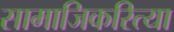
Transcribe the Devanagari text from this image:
सामाजिकरित्या